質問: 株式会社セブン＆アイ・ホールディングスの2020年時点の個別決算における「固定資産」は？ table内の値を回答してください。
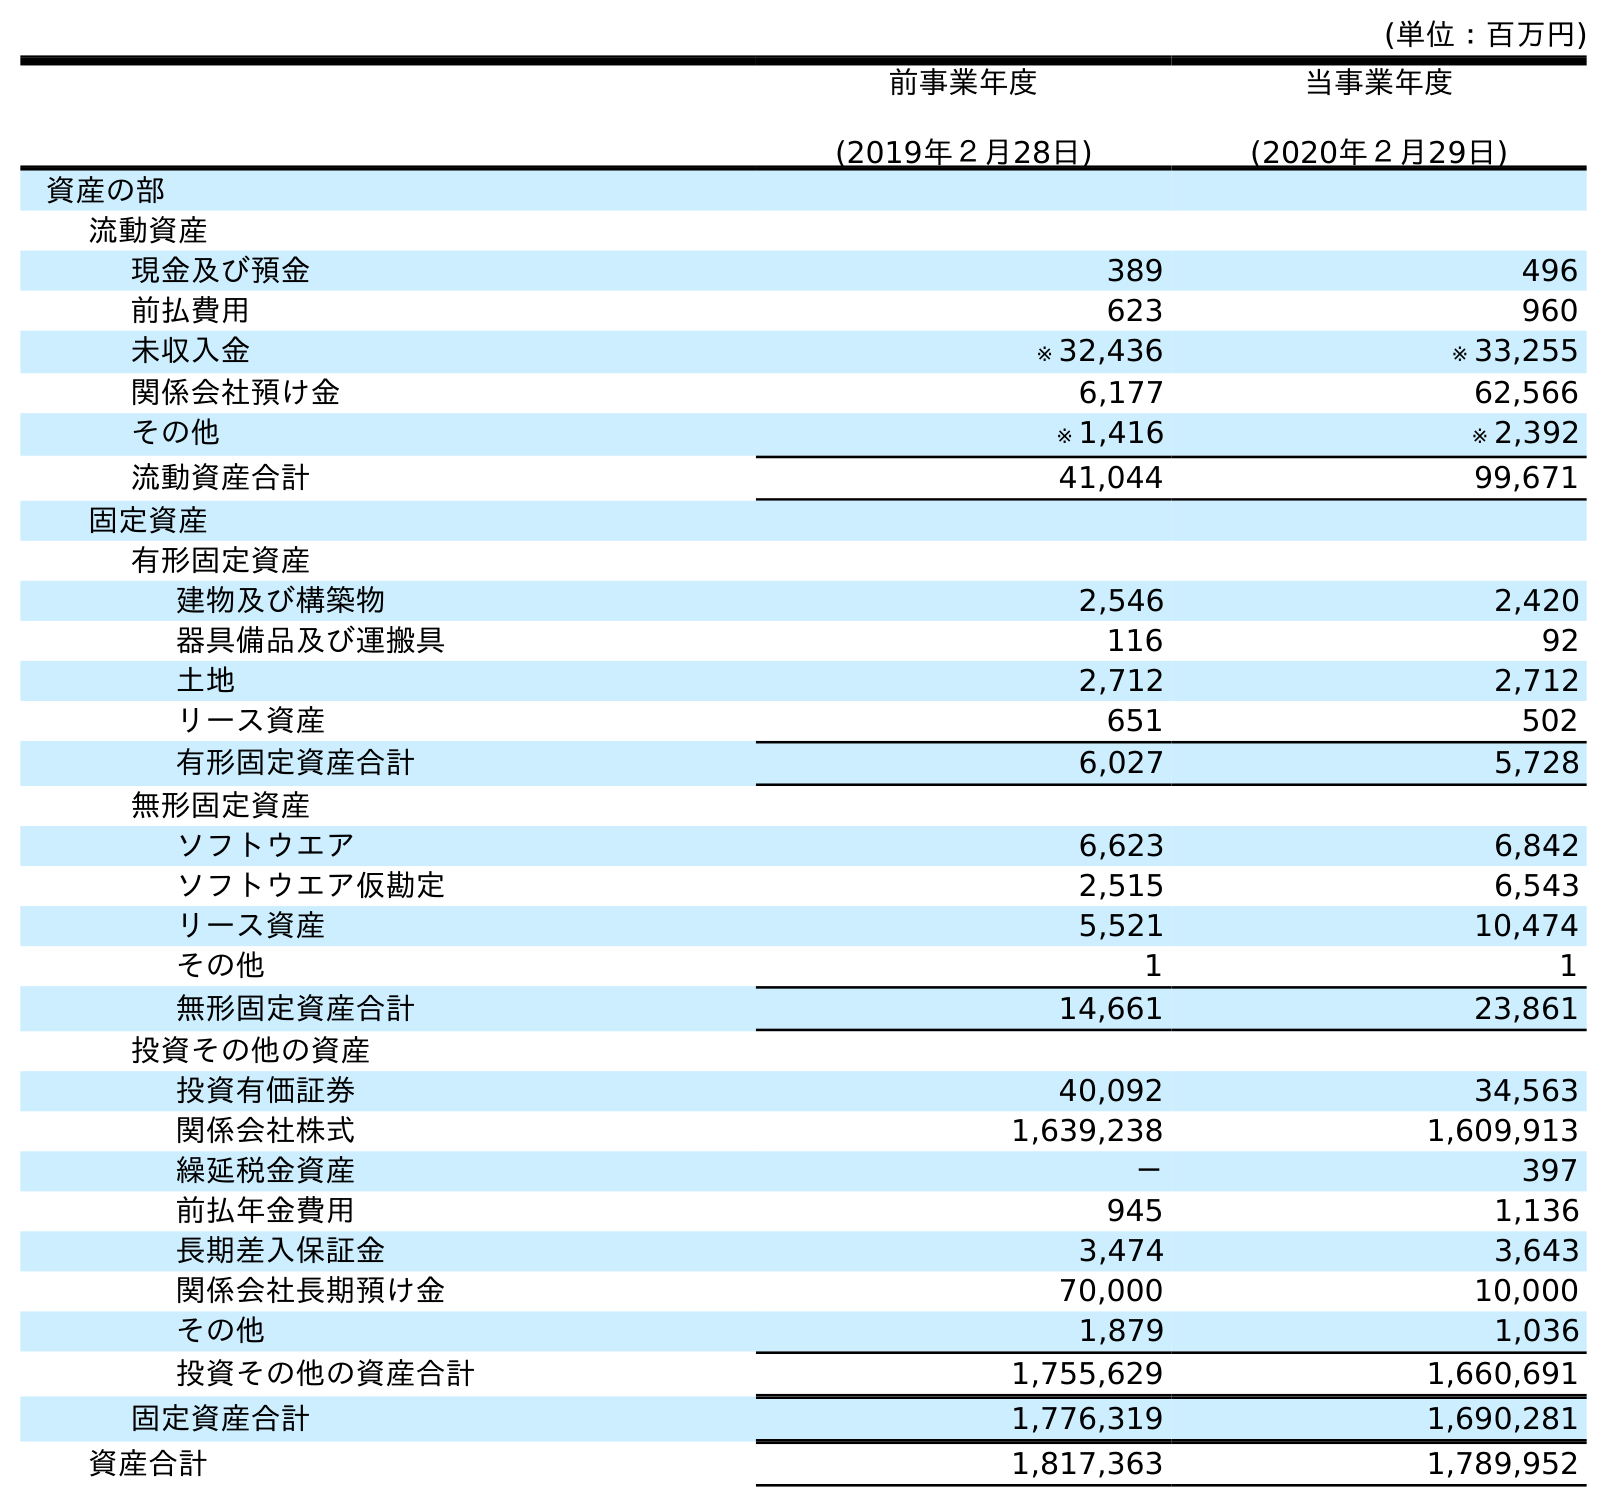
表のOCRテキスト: (単位：百万円) 前事業年度 (2019年２月28日) 当事業年度 (2020年２月29日) 資産の部 流動資産 現金及び預金 389 496 前払費用 623 960 未収入金 ※ 32,436 ※ 33,255 関係会社預け金 6,177 62,566 その他 ※ 1,416 ※ 2,392 流動資産合計 41,044 99,671 固定資産 有形固定資産 建物及び構築物 2,546 2,420 器具備品及び運搬具 116 92 土地 2,712 2,712 リース資産 651 502 有形固定資産合計 6,027 5,728 無形固定資産 ソフトウエア 6,623 6,842 ソフトウエア仮勘定 2,515 6,543 リース資産 5,521 10,474 その他 1 1 無形固定資産合計 14,661 23,861 投資その他の資産 投資有価証券 40,092 34,563 関係会社株式 1,639,238 1,609,913 繰延税金資産 － 397 前払年金費用 945 1,136 長期差入保証金 3,474 3,643 関係会社長期預け金 70,000 10,000 その他 1,879 1,036 投資その他の資産合計 1,755,629 1,660,691 固定資産合計 1,776,319 1,690,281 資産合計 1,817,363 1,789,952
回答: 1,690,281